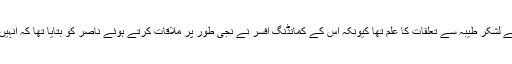
اس کے مطابق بظاہر نیوی کو اس کے لشکر طیبہ سے تعلقات کا علم تھا کیونکہ اس کے کمانڈنگ افسر نے نجی طور پر ملاقات کرتے ہوئے ناصر کو بتایا تھا کہ انہیں ناصر کے بارے میں بتا دیا گیا ہے۔